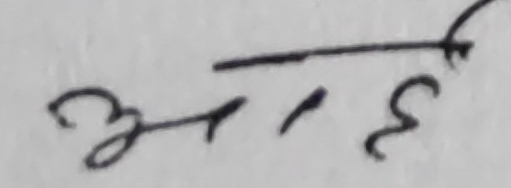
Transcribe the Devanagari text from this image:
मा.हे.स.